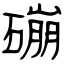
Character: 磞